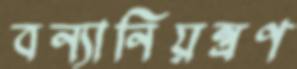
বন্যানিয়ন্ত্রণ